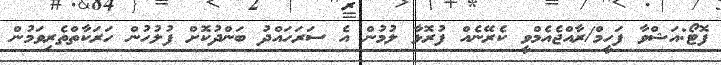
ފޮޓޯ:އަޝްވާ ފަހީމް/ރާއްޖެއެމްވީ ކެރޭނެއް ފުރޮޅާ ލުމުން އެ ސަރަހައްދު ބަންދުކޮށް ފުލުހުން ހަރަކާތްތެރިވަމުން